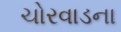
ચોરવાડના